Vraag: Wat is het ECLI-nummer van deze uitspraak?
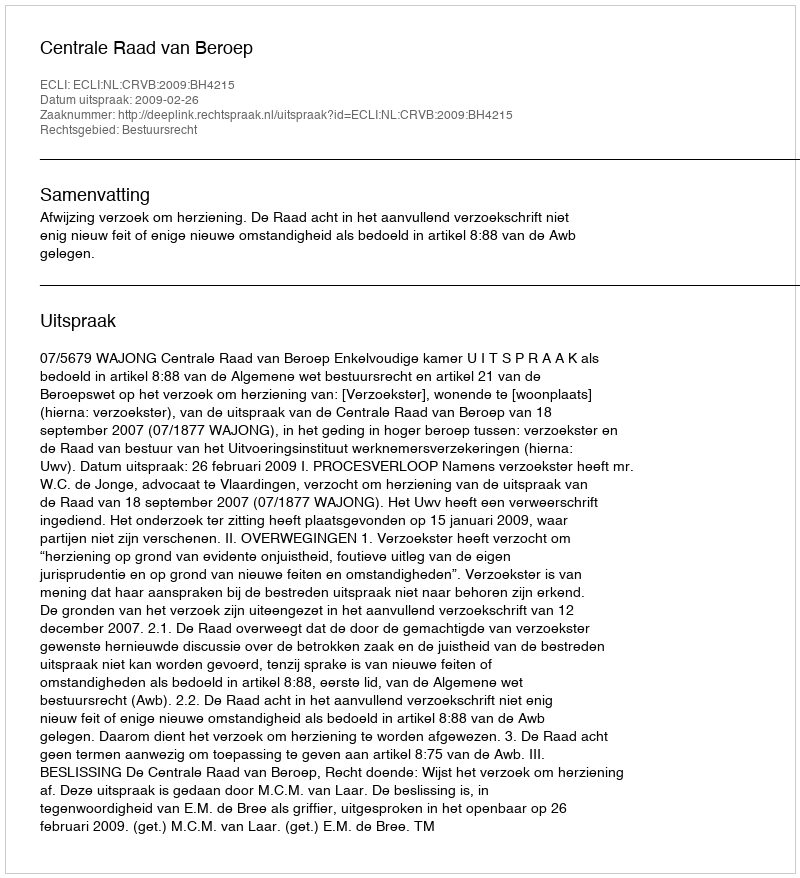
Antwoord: ECLI:NL:CRVB:2009:BH4215